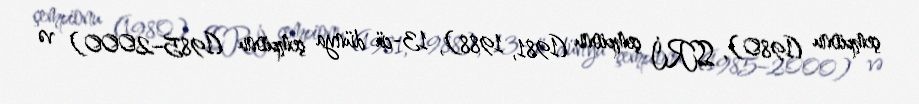
çempionu (1980), SSRİ çempionu (1981, 1988), 13-cü dünya çempionu (1985–2000) və